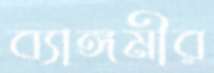
ব্যাঙ্গমীর